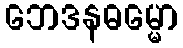
ဘေဒနဓမ္မော